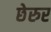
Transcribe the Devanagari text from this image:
छेरुर